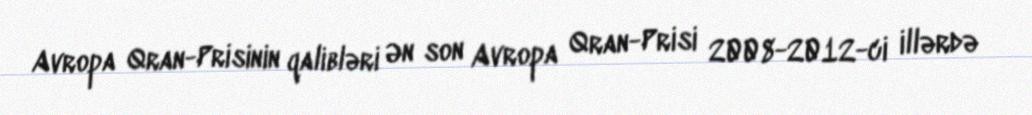
Avropa Qran-Prisinin qalibləri Ən son Avropa Qran-Prisi 2008-2012-ci illərdə